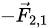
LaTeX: \scriptstyle-{\vec{F}}_{2,1}